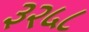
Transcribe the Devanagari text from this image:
३२५८